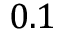
0 . 1